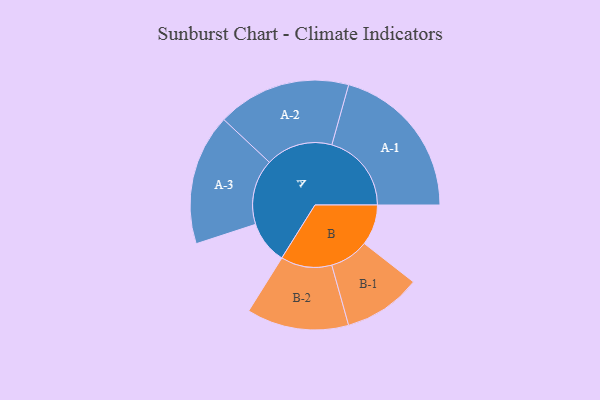
{"axis": {"x": "Segment", "y": "Value"}, "legend": ["", "A", "B"], "data": [{"x": "A", "y": 148, "type": ""}, {"x": "B", "y": 141, "type": ""}, {"x": "A-1", "y": 276, "type": "A"}, {"x": "A-2", "y": 232, "type": "A"}, {"x": "A-3", "y": 227, "type": "A"}, {"x": "B-1", "y": 135, "type": "B"}, {"x": "B-2", "y": 177, "type": "B"}]}